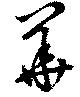
華